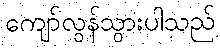
ကျော်လွန်သွားပါသည်